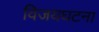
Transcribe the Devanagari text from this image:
विजयघटना